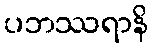
ပဘဿရာနိ